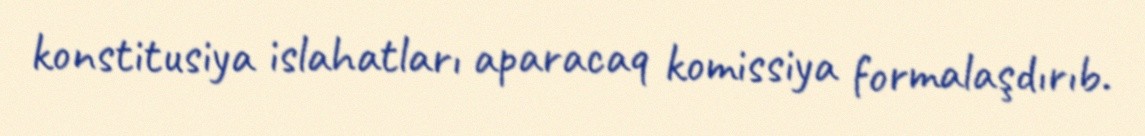
konstitusiya islahatları aparacaq komissiya formalaşdırıb.